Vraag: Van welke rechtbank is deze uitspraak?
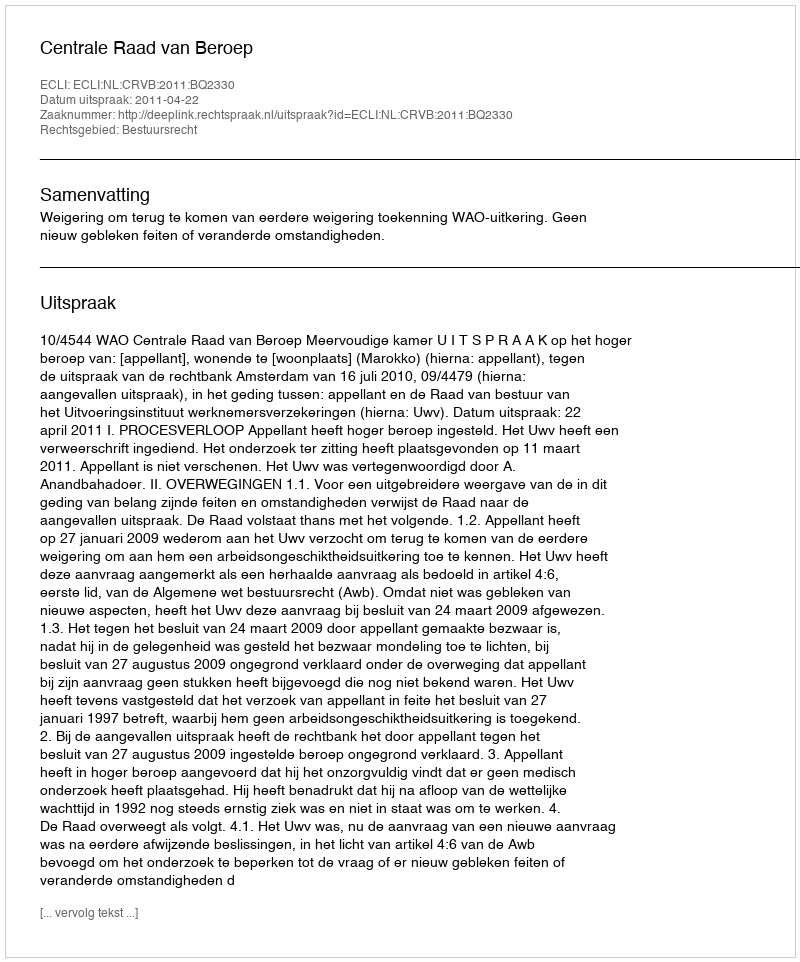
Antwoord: Centrale Raad van Beroep